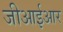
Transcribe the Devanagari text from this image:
जीआईआर